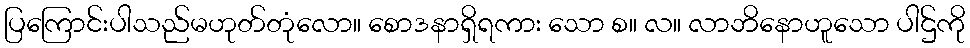
ပြကြောင်းပါသည်မဟုတ်တုံလော။ စောဒနာရှိရကား သော စ။ လ။ လာဘိနောဟူသော ပါဌ်ကို